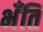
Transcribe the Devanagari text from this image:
भँति